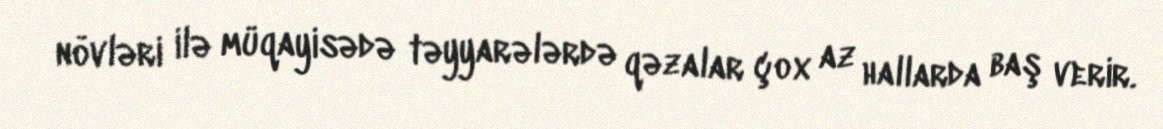
növləri ilə müqayisədə təyyarələrdə qəzalar çox az hallarda baş verir.